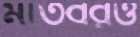
মাতবরও